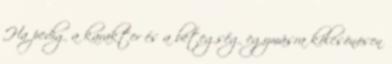
Ha pedig a karakter és a betegség egymásra kölcsönösen